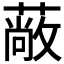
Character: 𮑇